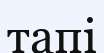
тапі